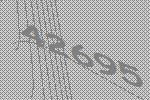
42695